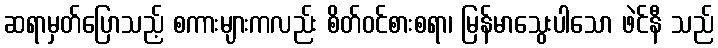
ဆရာမှတ်ပြောသည့် စကားများကလည်း စိတ်ဝင်စားစရာ၊ မြန်မာသွေးပါသော ဖဲင်နီ သည်